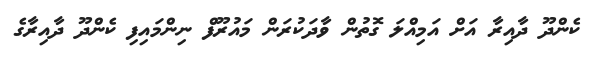
ކެންދޫ ދާއިރާ އަށް އަމިއްލަ ގޮތުން ވާދަކުރަން މައުރޫފް ނިންމައިފި ކެންދޫ ދާއިރާގެ